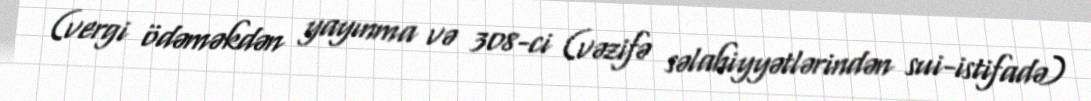
(vergi ödəməkdən yayınma və 308-ci (vəzifə səlahiyyətlərindən sui-istifadə)